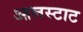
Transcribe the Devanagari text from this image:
आलस्टाट